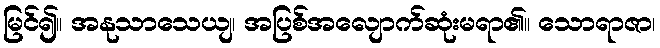
မြင်၍။ အနုသာသေယျ၊ အပြစ်အလျောက်ဆုံးမရာ၏။ သောရာဇာ၊